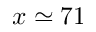
x \simeq 7 1